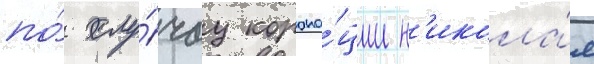
по́ слу́чау корона́ции н'икола́я